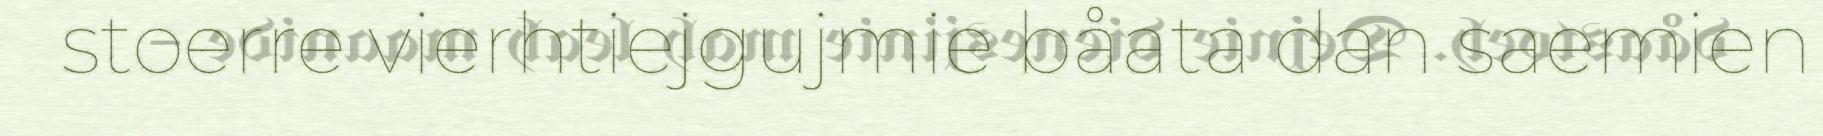
stoerre vierhtiejgujmie båata dan saemien